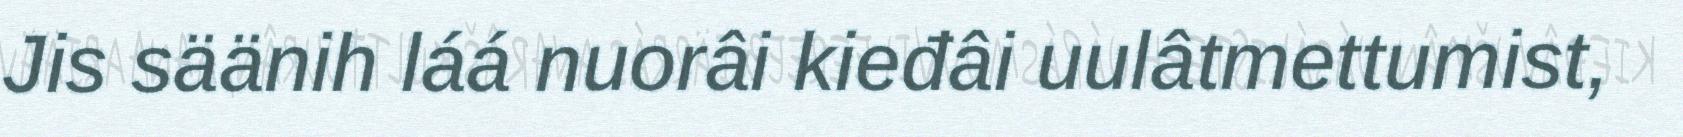
Jis säänih láá nuorâi kieđâi uulâtmettumist,